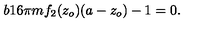
b 1 6 \pi m { f } _ { 2 } ( z _ { o } ) ( a - z _ { o } ) - 1 = 0 .